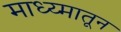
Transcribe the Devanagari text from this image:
माध्य्मातून